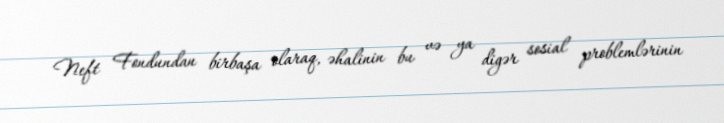
Neft Fondundan birbaşa olaraq, əhalinin bu və ya digər sosial problemlərinin